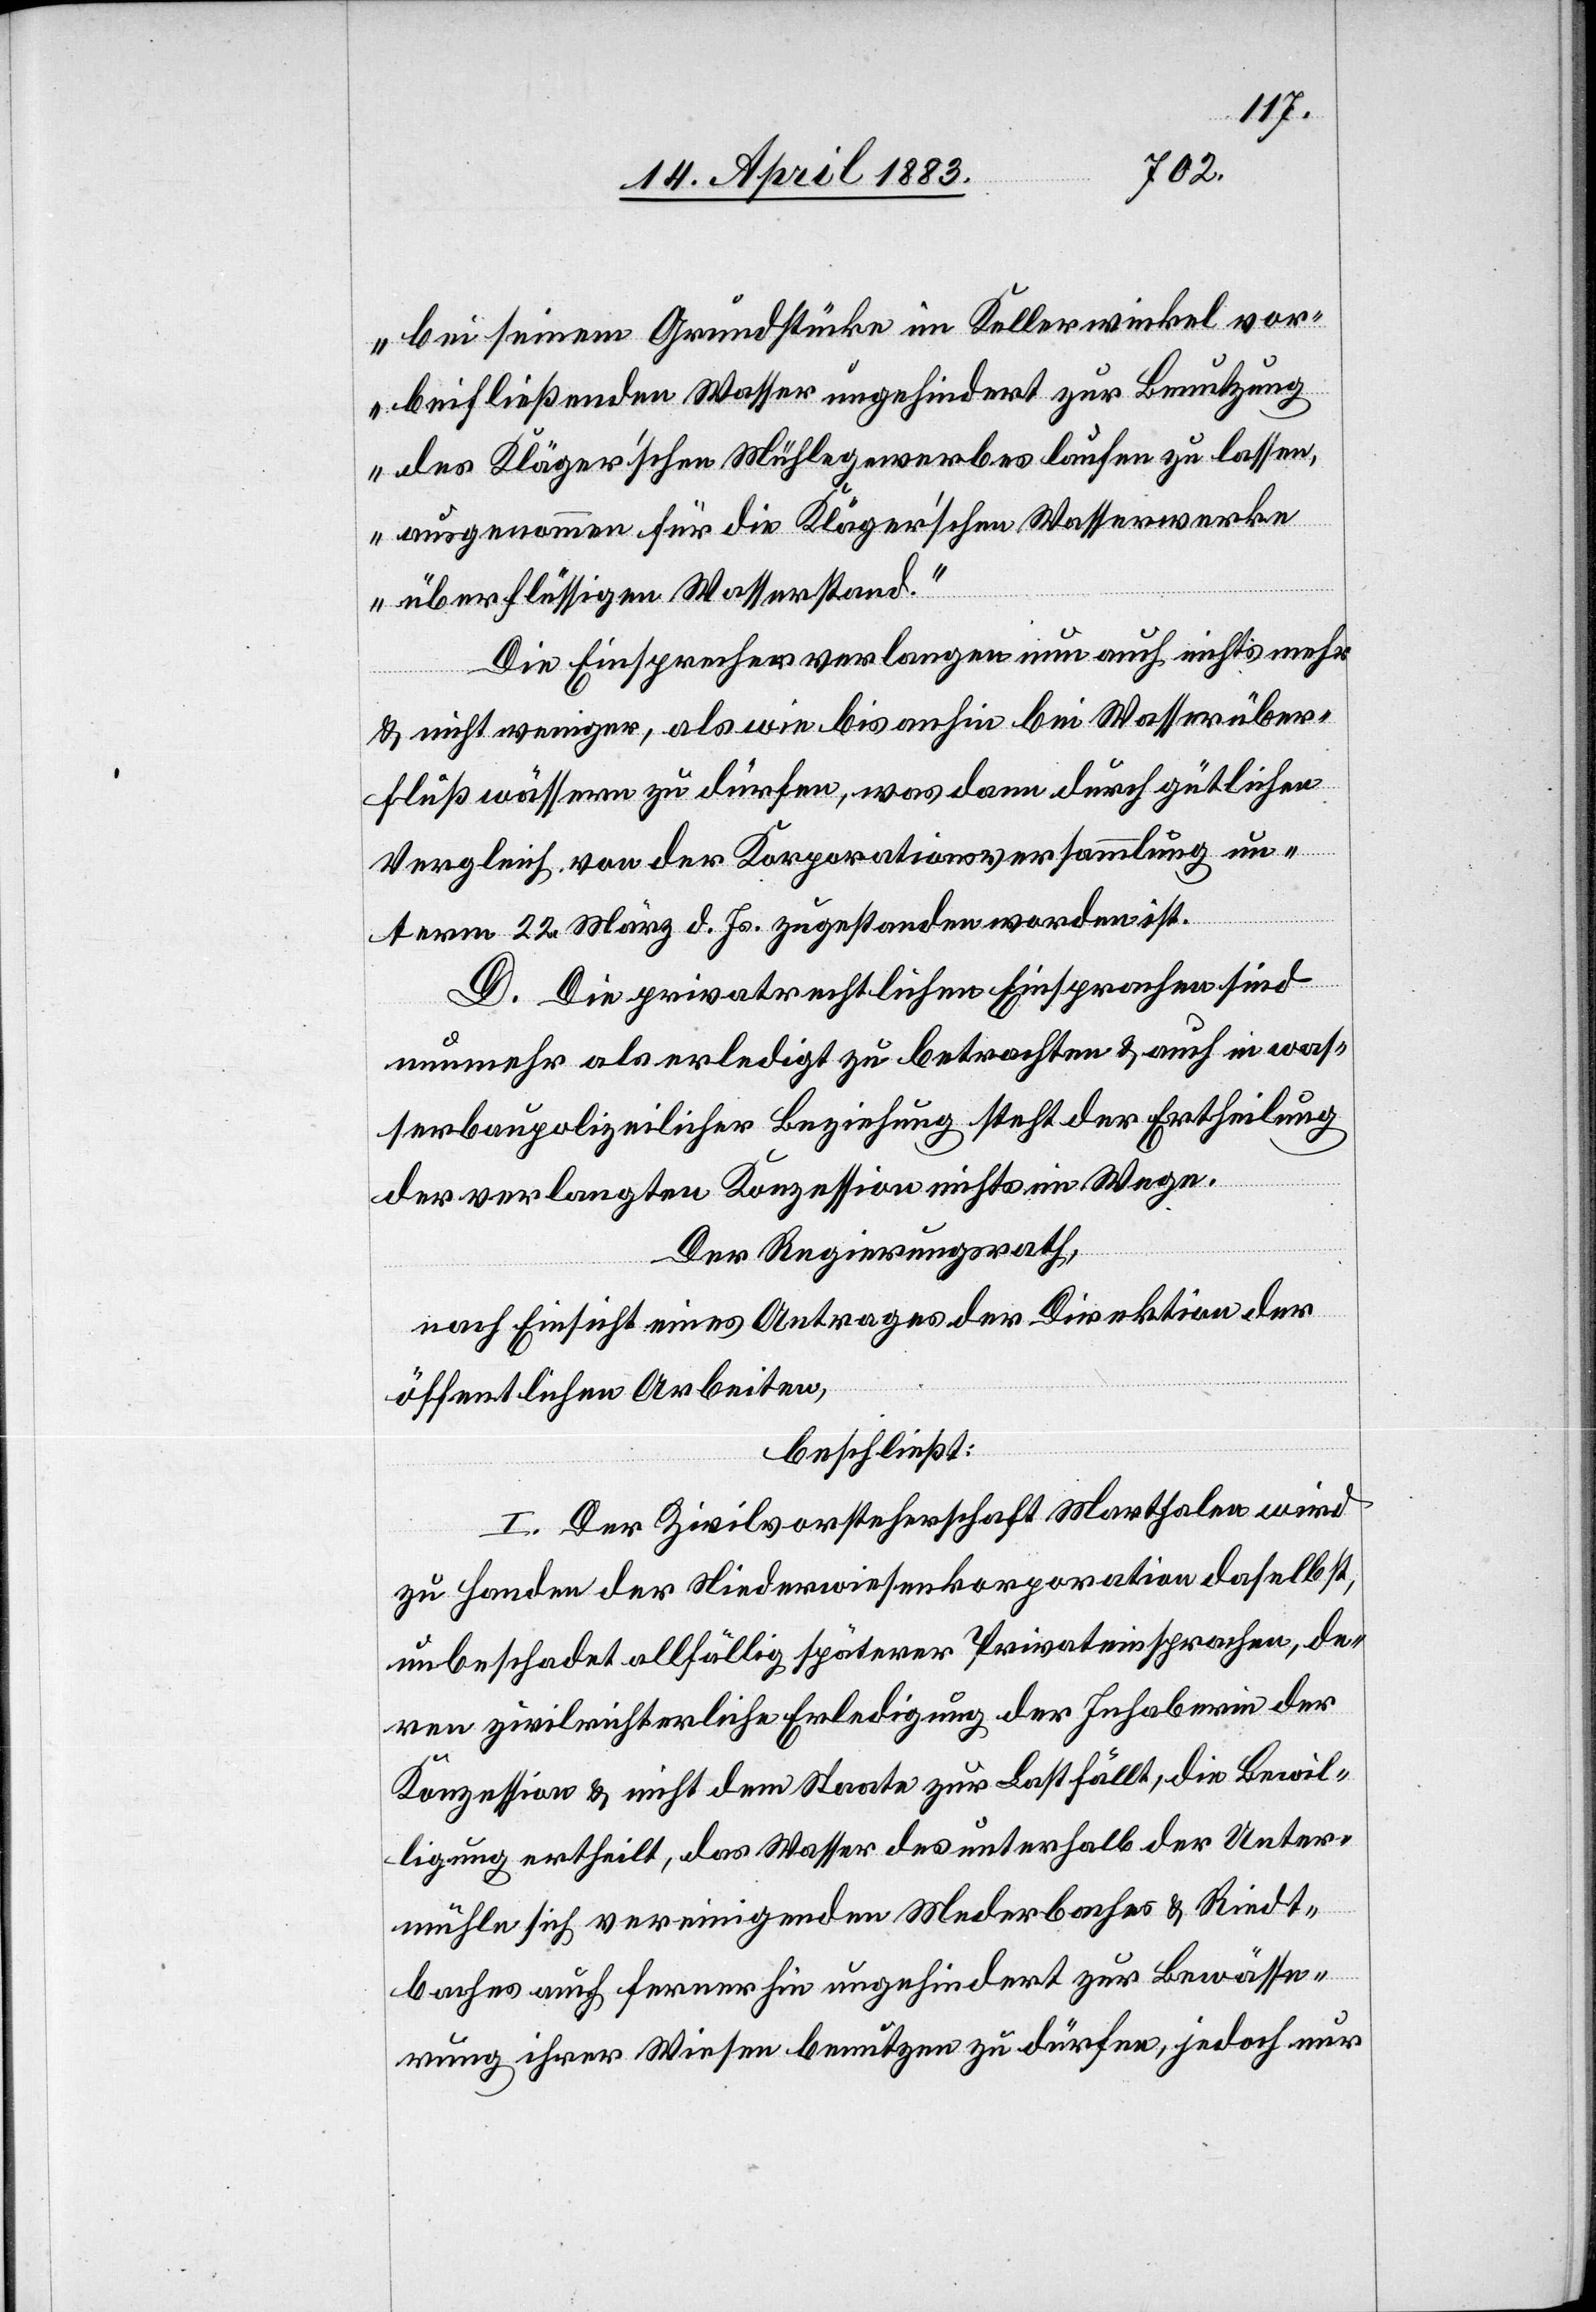
bei seinem Grundstücke im Kellerwinkel vor¬
beifließenden Wasser ungehindert zur Benutzung
des Kläger’schen Mühlegewerbes laufen zu lassen,
ausgenommen für die Kläger’schen Wasserwerke
überflüssigen Wasserstand.“
Die Einsprecher verlangen nun auch nicht mehr
& nicht weniger, als wie bis anhin bei Wasserüber¬
fluß wässern zu dürfen, was dann durch gütlichen
Vergleich von der Korporationsversammlung un¬
term 22. März d. Js. zugestanden worden ist.
D. Die privatrechtlichen Einsprachen sind
nunmehr als erledigt zu betrachten & auch in was¬
serbaupolizeilicher Beziehung steht der Ertheilung
der verlangten Konzession nichts im Wege.
Der Regierungsrath,
nach Einsicht eines Antrages der Direktion der
öffentlichen Arbeiten,
beschließt:
I. Der Zivilvorsteherschaft Marthalen wird
zu Handen der Niederwiesenkorporation daselbst,
unbeschadet allfällig späterer Privateinsprachen, de¬
ren zivilrichterliche Erledigung der Inhaberin der
Konzession & nicht dem Staate zur Last fällt, die Bewil¬
ligung ertheilt, das Wasser des unterhalb der Unter¬
mühle sich vereinigenden Mederbaches & Riedt¬
baches auch fernerhin ungehindert zur Bewässe¬
rung ihrer Wiesen benutzen zu dürfen, jedoch nur